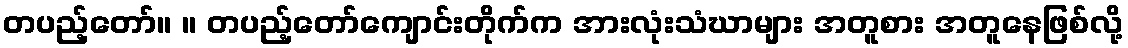
တပည့်တော်။ ။ တပည့်တော်ကျောင်းတိုက်က အားလုံးသံဃာများ အတူစား အတူနေဖြစ်လို့